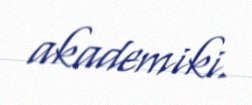
akademiki.